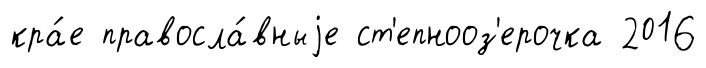
кра́е правосла́вныjе ст'епнооз'ерочка 2016